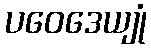
ပဝေဒေယျုံ